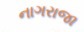
નાગરાજા